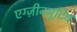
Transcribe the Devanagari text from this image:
एग्ज़ीक्यूटिव